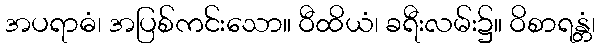
အပရာဓံ၊ အပြစ်ကင်းသော။ ဝီထိယံ၊ ခရီးလမ်း၌။ ဝိစာရန္တံ၊